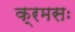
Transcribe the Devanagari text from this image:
क्रमसः